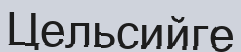
Цельсийге